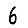
Digit: 6